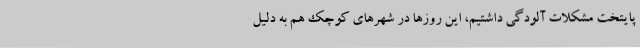
پایتخت مشکلات آلودگی داشتیم، این روزها در شهرهای کوچک هم به دلیل